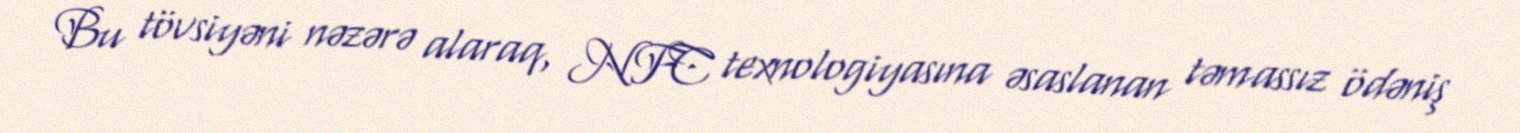
Bu tövsiyəni nəzərə alaraq, NFC texnologiyasına əsaslanan təmassız ödəniş